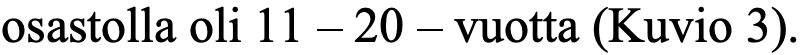
osastolla oli 11 – 20 – vuotta (Kuvio 3).